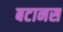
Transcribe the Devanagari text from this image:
बटानस